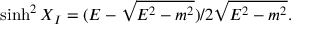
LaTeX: \sinh ^ { 2 } X _ { I } = ( E - \sqrt { E ^ { 2 } - m ^ { 2 } } ) / 2 \sqrt { E ^ { 2 } - m ^ { 2 } } .